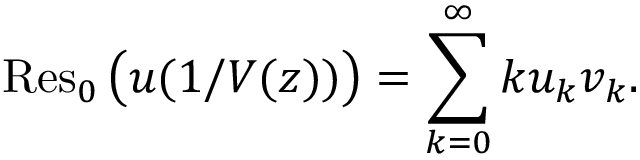
\operatorname { R e s } _ { 0 } { \big ( } u ( 1 / V ( z ) ) { \big ) } = \sum _ { k = 0 } ^ { \infty } k u _ { k } v _ { k } .